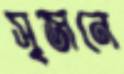
সৃজনে